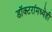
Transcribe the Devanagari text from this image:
डॉक्‍टरांमध्येही